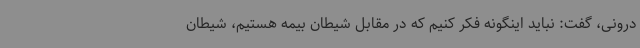
درونی، گفت: نباید اینگونه فکر کنیم که در مقابل شیطان بیمه هستیم، شیطان